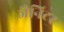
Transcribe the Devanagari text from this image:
जैनिटर